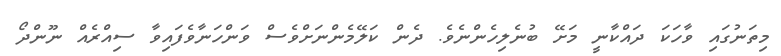
މިތަނުގައި ވާހަކަ ދައްކާނީ މަށޭ ބުނެލިހެންނެވެ. ދެން ކަލޭމެންނަށްވެސް ވަންހަނާވެފައިވާ ސިއްރެއް ނޫންދޯ